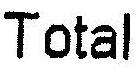
TOTAL